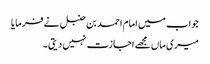
جواب میں امام احمد بن حنبل نے فرمایا
میری ماں مجھے اجازت نہیں دیتی۔